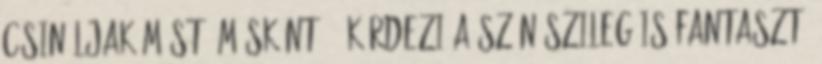
Csináljak mást? Másként? - kérdezi a színészileg is fantaszt-